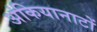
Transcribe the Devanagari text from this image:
अंकियानाटों